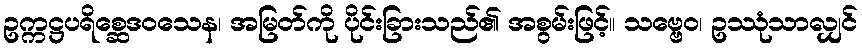
ဥက္ကဋ္ဌပရိစ္ဆေဒဝသေန၊ အမြတ်ကို ပိုင်းခြားသည်၏ အစွမ်းဖြင့်။ သဗ္ဗေဝ၊ ဥဿုံသာလျှင်